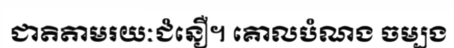
ជាតិតាមរយៈជំនឿ។ គោលបំណង ចម្បង